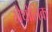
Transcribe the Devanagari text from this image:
खैथोलिक